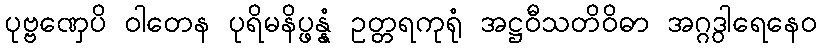
ပုဗ္ဗဏှေပိ ဝါတေန ပုရိမနိပ္ဖန္နံ ဥတ္တရကုရုံ အဋ္ဌဝီသတိဝိဓာ အဂ္ဂဒွါရေနေဝ